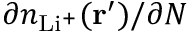
\partial n _ { \mathrm { L i ^ { + } } } ( \mathbf { r } ^ { \prime } ) / \partial N